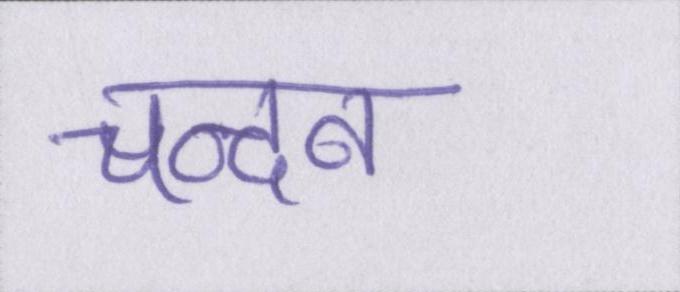
चन्दन